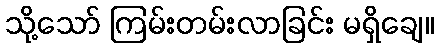
သို့သော် ကြမ်းတမ်းလာခြင်း မရှိချေ။